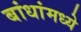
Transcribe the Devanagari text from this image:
बांधांमध्ये